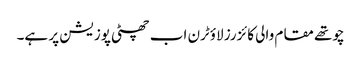
چوتھے مقام والی کائزرز لاؤٹرن اب چھٹی پوزیشن پر ہے۔